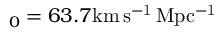
_ { 0 } = 6 3 . 7 \mathrm { k m \, s ^ { - 1 } \, M p c ^ { - 1 } }